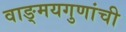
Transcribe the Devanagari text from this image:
वाङ्‌मयगुणांची